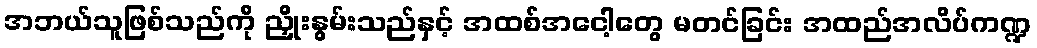
အဘယ်သူဖြစ်သည်ကို ညှိုးနွမ်းသည်နှင့် အထစ်အငေါ့တွေ မတင်ခြင်း အထည်အလိပ်ကဏ္ဍ